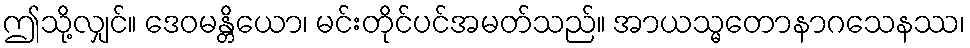
ဤသို့လျှင်။ ဒေဝမန္တိယော၊ မင်းတိုင်ပင်အမတ်သည်။ အာယသ္မတောနာဂသေနဿ၊